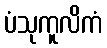
ပံသုကူလိကံ